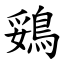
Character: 鵎